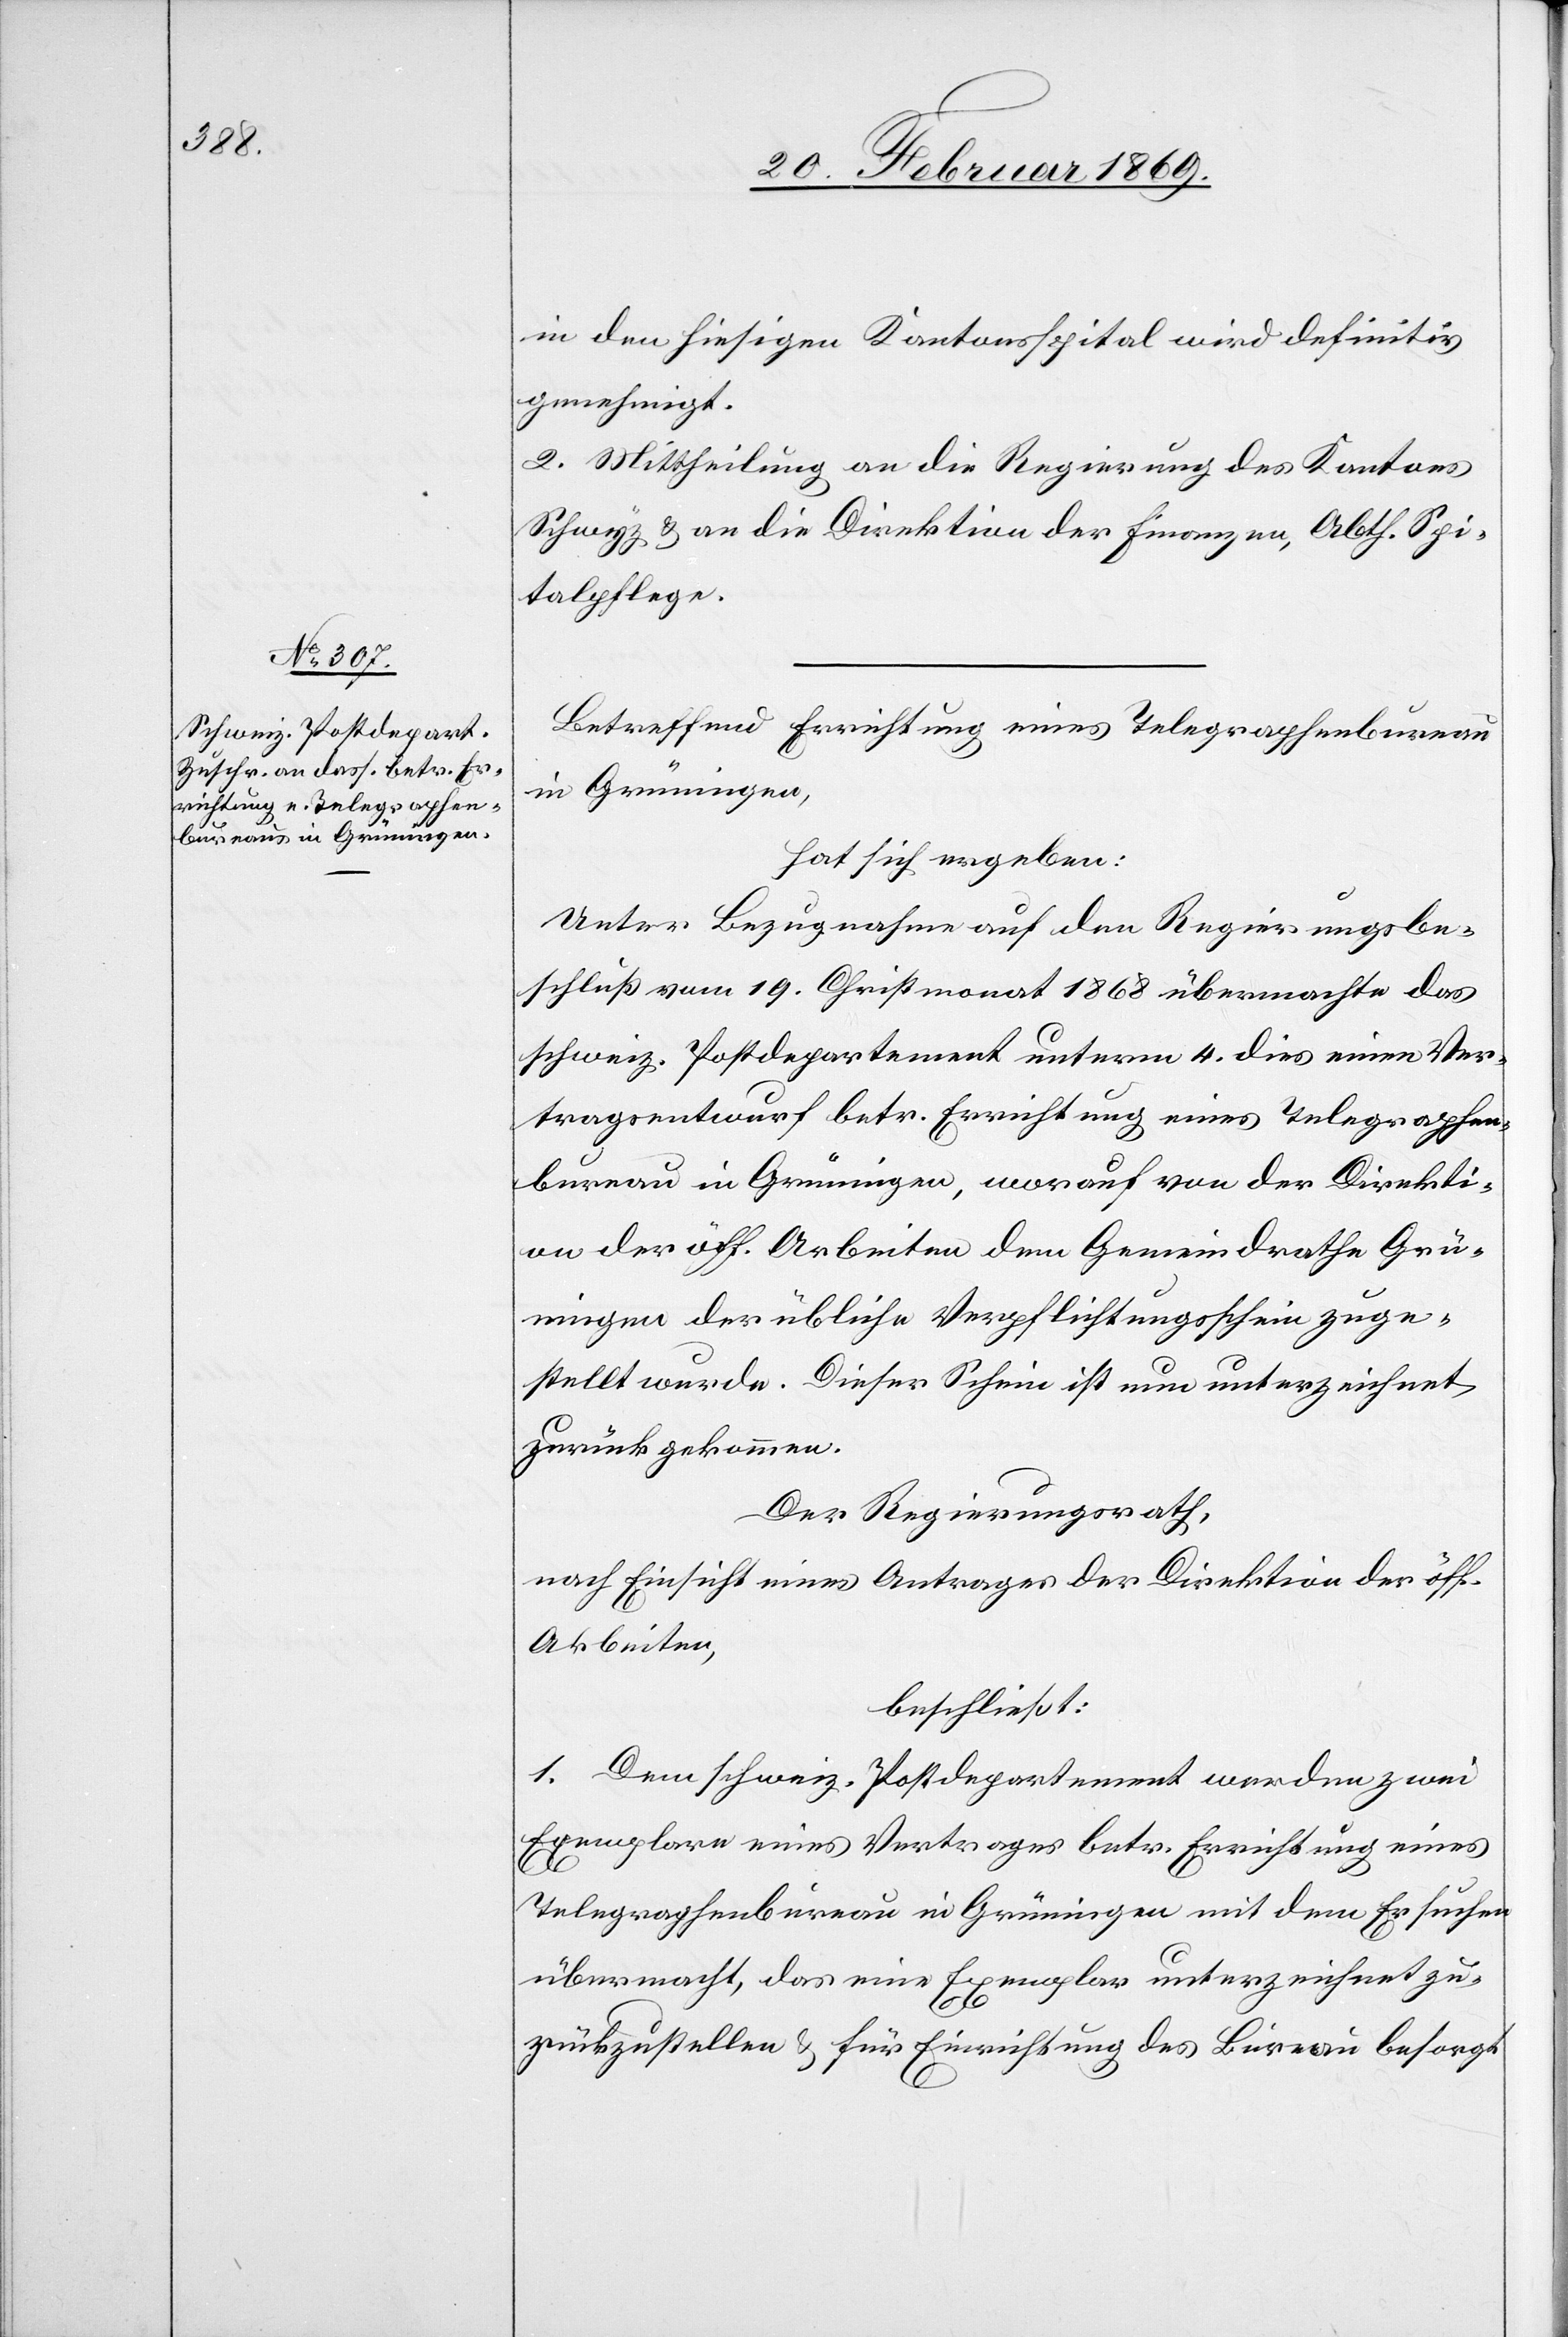
in den hiesigen Kantonsspital wird definitiv
genehmigt.
2. Mittheilung an die Regierung des Kantons
Schwyz & an die Direktion der Finanzen, Abth. Spi¬
talpflege.
Betreffend Errichtung eines Telegraphenbüreaus
in Grüningen,
hat sich ergeben:
Unter Bezugnahme auf den Regierungsbe¬
schluß vom 19. Christmonat 1868 übermachte das
schweiz. Postdepartement unterm 4. dies einen Ver¬
tragsentwurf betr. Errichtung eines Telegraphen¬
büreau in Grüningen, worauf von der Direkti¬
on der öff. Arbeiten dem Gemeindrathe Grü¬
ningen der übliche Verpflichtungsschein zuge¬
stellt wurde. Dieser Schein ist nun unterzeichnet
zurückgekommen.
Der Regierungsrath,
nach Einsicht eines Antrages der Direktion der öff.
Arbeiten,
beschließt:
1. Dem schweiz. Postdepartement werden zwei
Exemplare eines Vertrages betr. Errichtung eines
Telegraphenbureaus in Grüningen mit dem Ersuchen
übermacht, das eine Exemplar unterzeichnet zu¬
rückzustellen u. für Einrichtung des Bureau besorgt